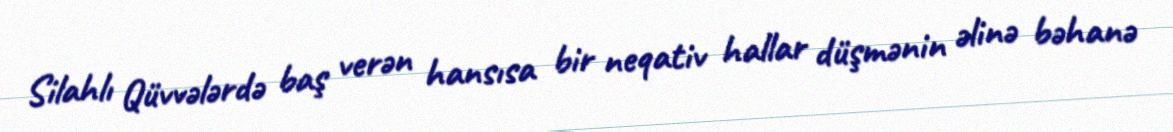
Silahlı Qüvvələrdə baş verən hansısa bir neqativ hallar düşmənin əlinə bəhanə